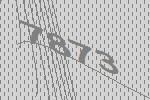
7873